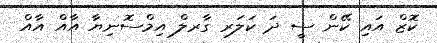
ކޮޒް އައި ކޭން ސީ ދަ ކަލަރ ގާރލް އިމްސޮނިޔާ އާއް އާއް